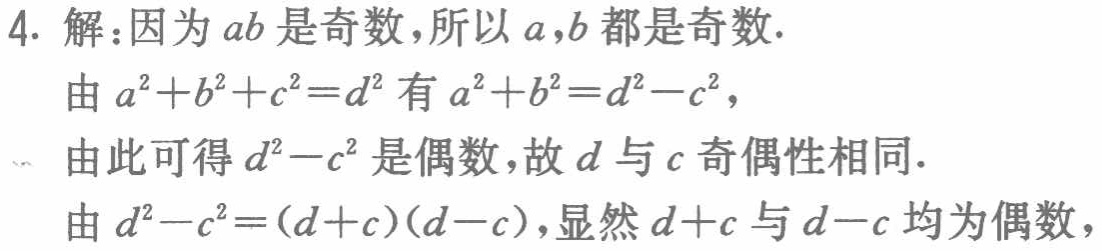
4. 解：因为\(ab\)是奇数，所以\(a,b\)都是奇数.

由\(a^{2}+b^{2}+c^{2}=d^{2}\)有\(a^{2}+b^{2}=d^{2}-c^{2}\)，

由此可得\(d^{2}-c^{2}\)是偶数，故\(d\)与\(c\)奇偶性相同.

由\(d^{2}-c^{2}=(d + c)(d - c)\)，显然\(d + c\)与\(d - c\)均为偶数，